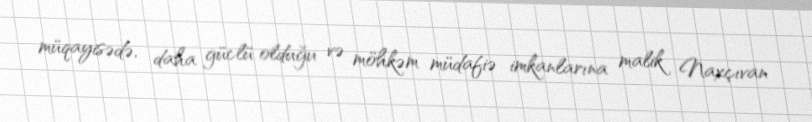
müqayisədə, daha güclü olduğu və möhkəm müdafiə imkanlarına malik Naxçıvan